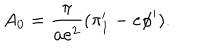
A _ { 0 } = { \frac { \pi } { a e ^ { 2 } } } ( \pi _ { 1 } ^ { \prime } - e \phi ^ { \prime } ) .